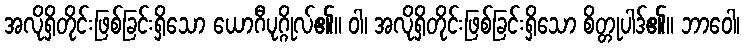
အလိုရှိတိုင်းဖြစ်ခြင်းရှိသော ယောဂီပုဂ္ဂိုလ်၏။ ဝါ၊ အလိုရှိတိုင်းဖြစ်ခြင်းရှိသော စိတ္တုပါဒ်၏။ ဘာဝေါ၊